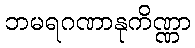
ဘမရဂဏာနုကိဏ္ဏာ